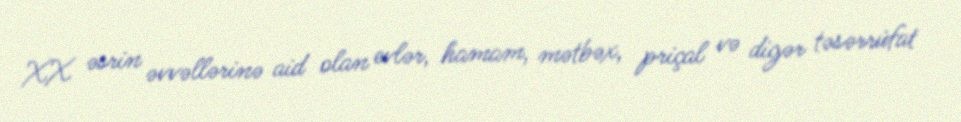
XX əsrin əvvəllərinə aid olan evlər, hamam, mətbəx, priçal və digər təsərrüfat